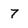
Character: 7